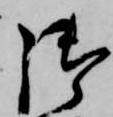
御